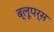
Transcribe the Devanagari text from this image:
ब्लूपर्स